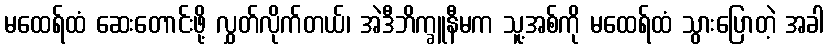
မထေရ်ထံ ဆေးတောင်းဖို့ လွှတ်လိုက်တယ်၊ အဲဒီဘိက္ခူနီမက သူ့အစ်ကို မထေရ်ထံ သွားပြောတဲ့ အခါ